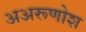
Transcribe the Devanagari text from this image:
अअरूणोश